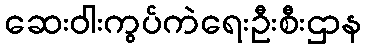
ဆေးဝါးကွပ်ကဲရေးဦးစီးဌာန